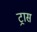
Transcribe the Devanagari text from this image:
ट्रास